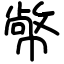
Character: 幤